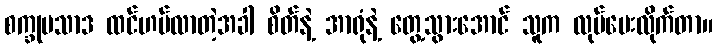
စက္ခုပသာဒ ထင်ဟပ်လာတဲ့အခါ စိတ်နဲ့ အာရုံနဲ့ တွေ့သွားအောင် သူက လုပ်ပေးလိုက်တာ။